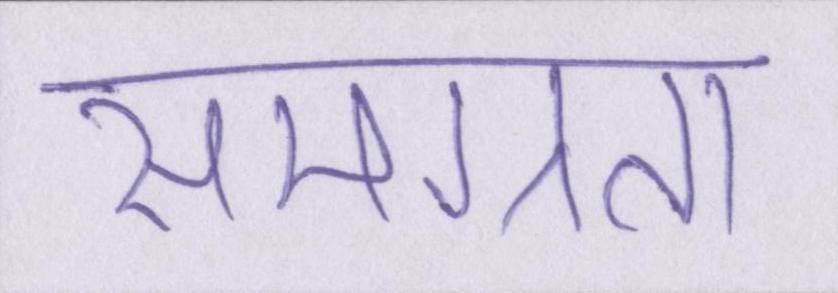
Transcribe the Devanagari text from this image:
समग्रता